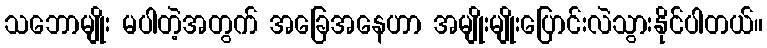
သဘောမျိုး မပါတဲ့အတွက် အခြေအနေဟာ အမျိုးမျိုးပြောင်းလဲသွားနိုင်ပါတယ်။